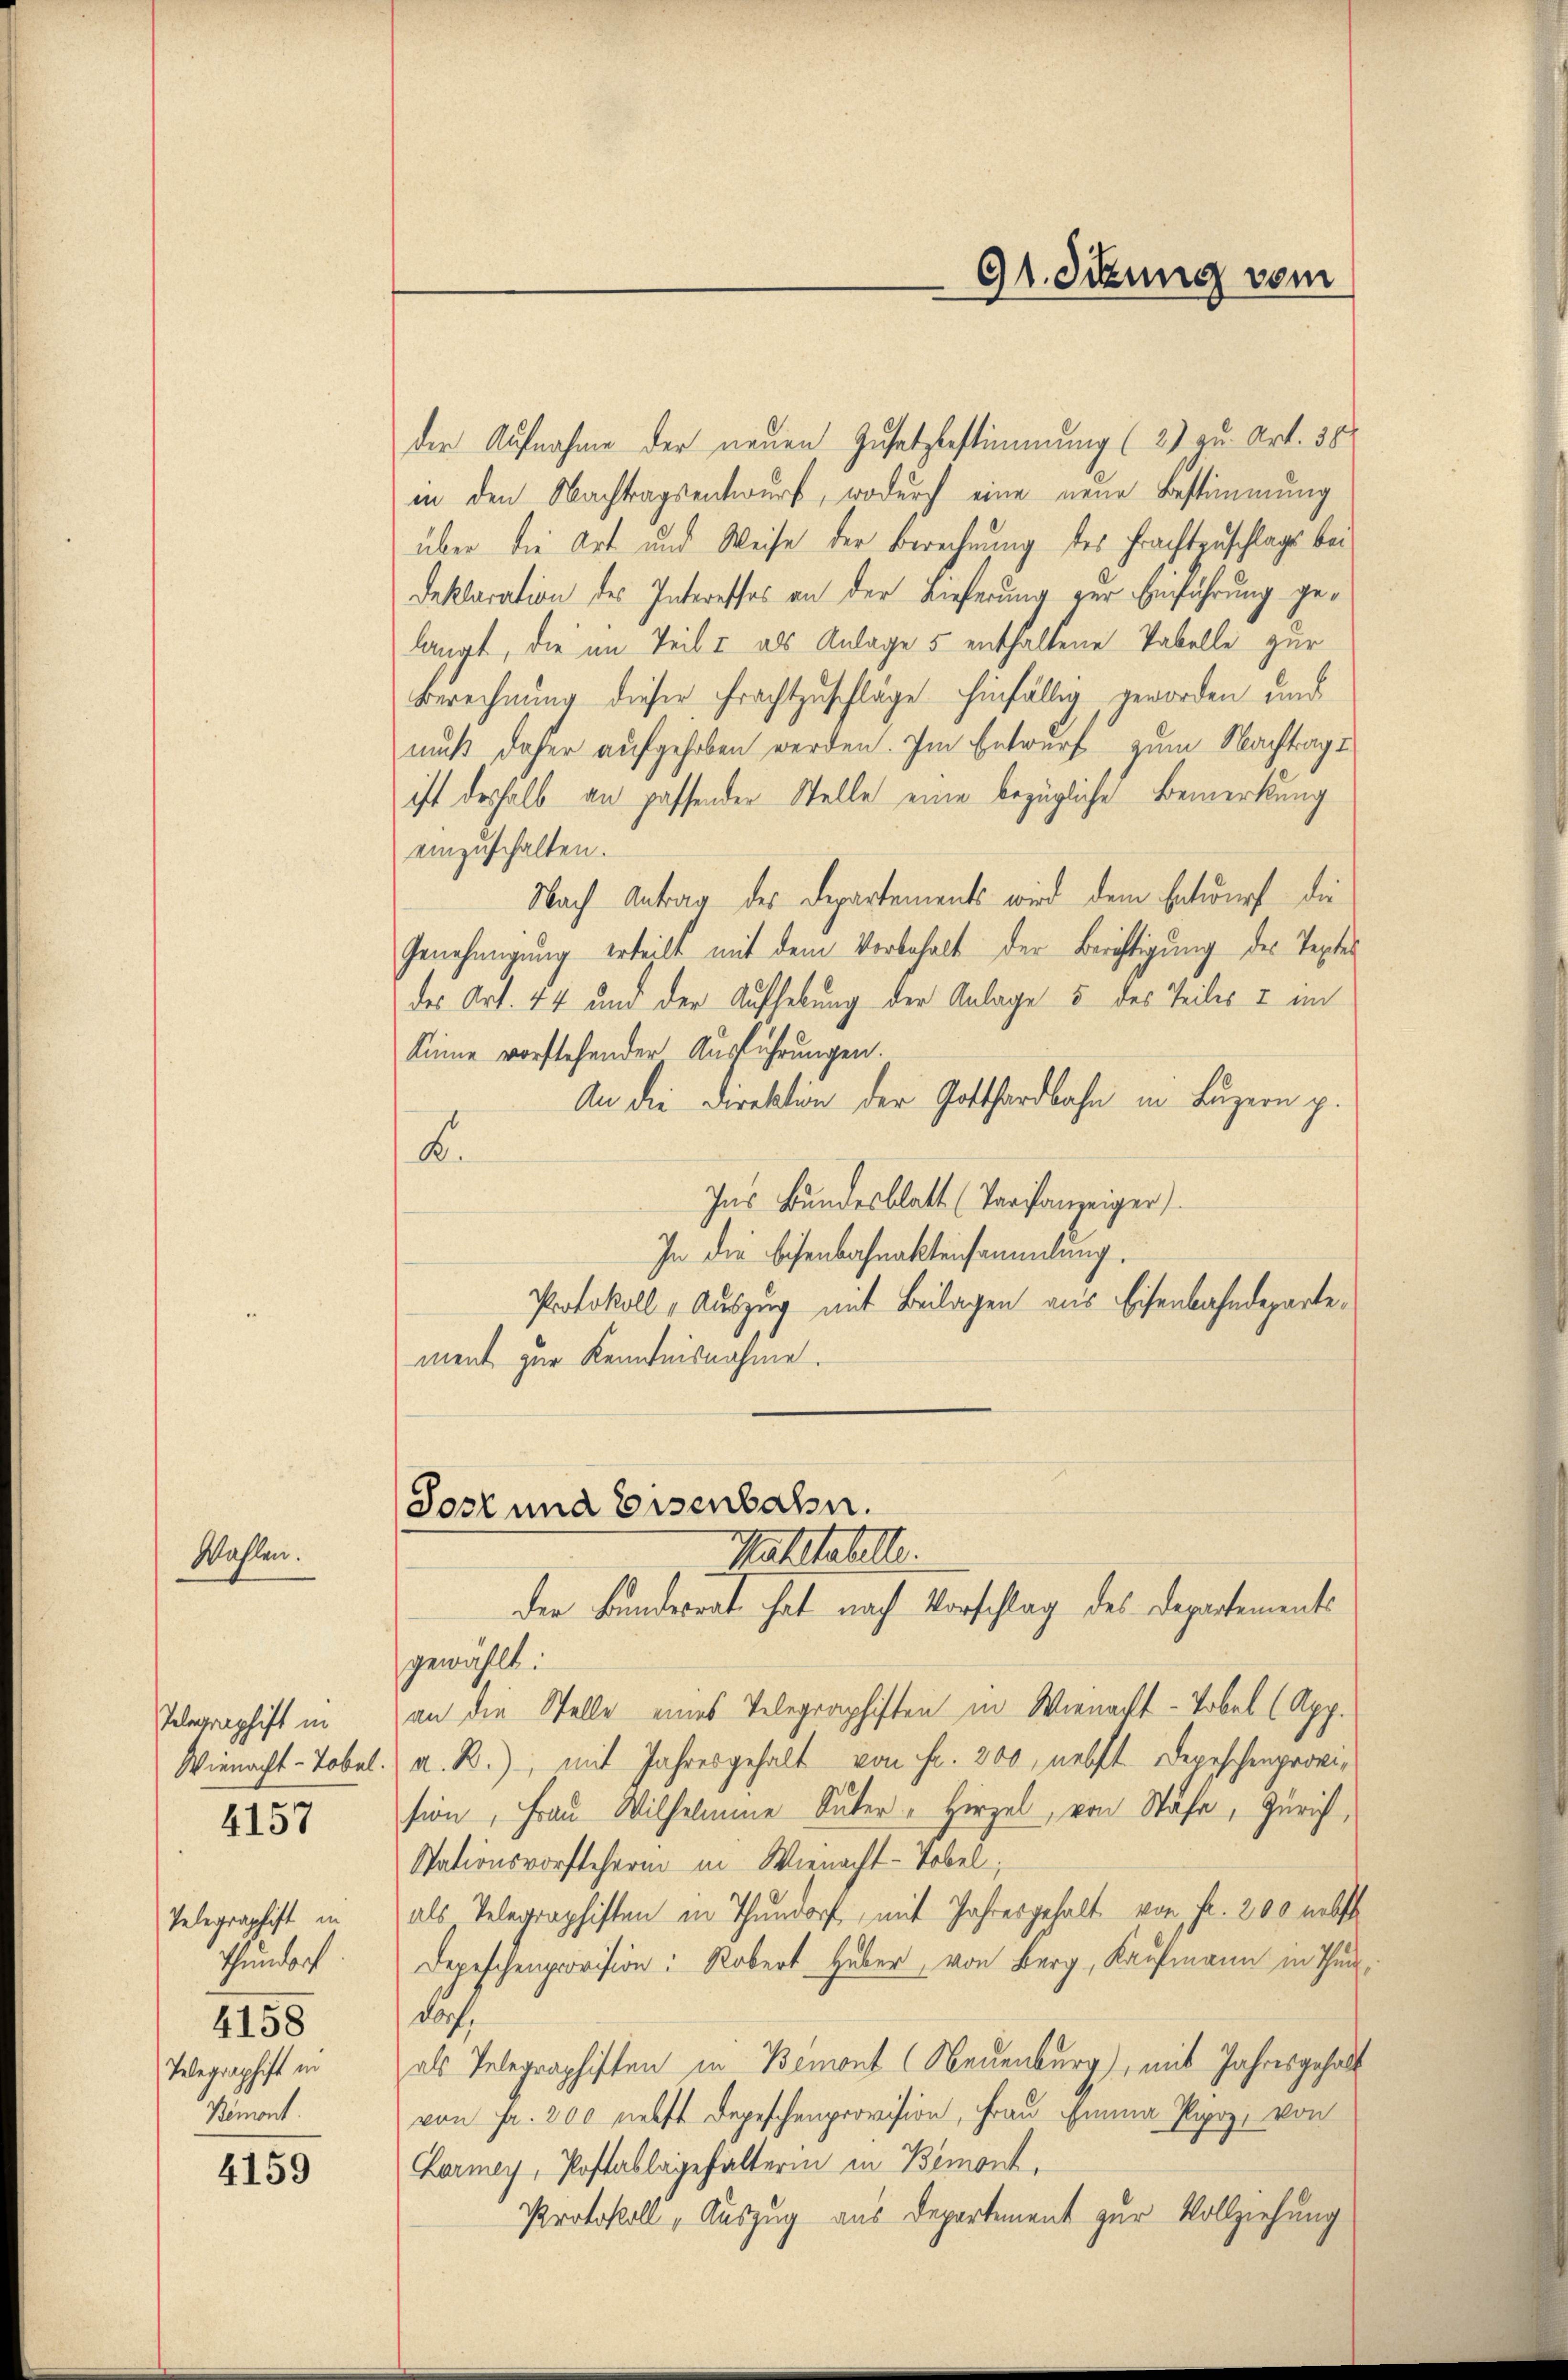
Wahlen.

Telegraphift in
Wienacht - Tobel.
Telegraphift in
Thundorf
4158
Telegraphist in
Demont

4157

4159

der Aufnahme der neuen Zusatzbestimmung (2) zu Art. 38
in den Nachtragsentwurf, wodurch eine neue Bestimmung
über die Art und Weise der Berechnung des Erachtzuschlags bei
Deklaration des Interesses an der Lieferung zur Einführung gelangt, die im Teil & als Anlage 5 enthaltene Tabelle zur
Berechnung dieser Frachtzuschläge hinfällig geworden und
muß daher aufgehoben werden. Im Entwurf zum Nachtragt
ist deshalb an passender Stelle eine bezügliche Bemerkung
einzuschalten.
Nach Antrag des Departements wird dem Entwurf die
Genehmigung erteilt mit dem Vorbehalt der Berichtigung des Textes
des Art. 44 und der Aufhebung der Anlage 5 des Teiles & im
Sinne vorstehender Ausführungen.
An die Direktion der Gotthardbahn in Luzern p.
B.
Ins Bundesblatt (Vorfanzeiger)
In die Bisenbahnaktensammlung.
Protokoll - Auszug mit Beilagen aus Eisenbahndepartement zur Kenntnisnahme.
Sost und Eisenbahn.
Pattahele
die Bundesrat hat nach Vorschlag des Departements
gewählt:
an die Stelle eines Telegraphisten in Wienacht - Tobel (App.
A. R.) mit Jahresgehalt von Fr. 300, nebst Depeschenprovision, Frau Wilhelmine Suter - Hirzel, von Stahe, Zürich,
Stationsvorsteherin in Wienacht - Tobel,
als Telegraphiften in Thundorf, mit Jahresgehalt von Fr. 200 nebst
Depeschenprovision: Robert Haber, von Berg, Kaufmann in Thurdoch
als Telegraphisten in Bemont (Neuenburg), mit Jahresgehalt
von Fr. 300 nebst Depeschenprovision, Frau Emma Parz, von
Larmey, Postablagehalterin in Bemont.
Protokoll, Auszug aus Departement zur Vollziehung

91. Sitzung vom